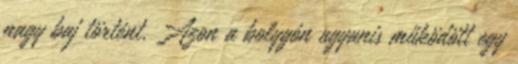
nagy baj történt. Azon a bolygón ugyanis működött egy